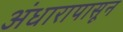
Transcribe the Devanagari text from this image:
अंधारापासून